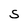
Character: S